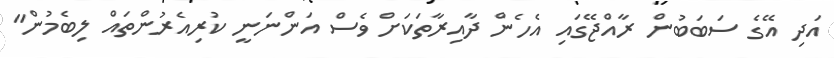
އަދި އޭގެ ސަބަބުން ރާއްޖޭގައި އެހެން ދާއިރާތަކަށް ވެސް އަންނަނީ ކުރިއެރުންތައް ލިބެމުން"